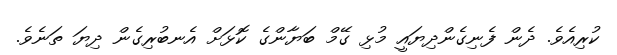
ކުރިއެވެ. ދެން ފެނިގެންދިޔައީ މުޅި ގޭމް ބަޔާންގެ ކޮޅަށް އެނބުރިގެން ދިޔަ ތަނެވެ.